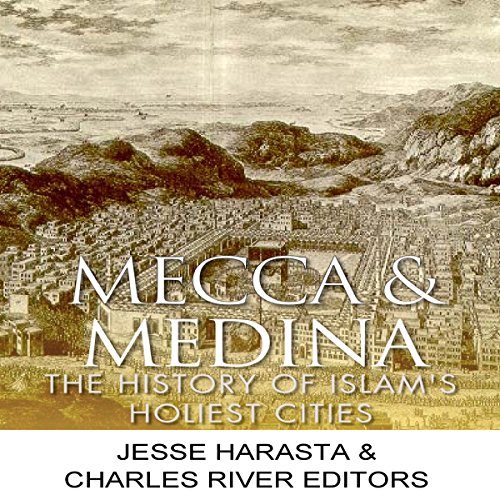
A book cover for Mecca and Medina: The History of Islam's Holiest Cities; Jesse Harasta; Religion & Spirituality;